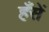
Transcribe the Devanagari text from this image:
हँसें